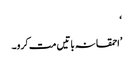
‘
’احمقانہ باتیں مت کرو۔